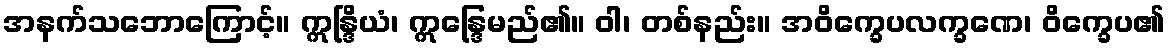
အနက်သဘောကြောင့်။ ဣန္ဒြိယံ၊ ဣန္ဒြေမည်၏။ ဝါ၊ တစ်နည်း။ အဝိက္ခေပလက္ခဏေ၊ ဝိက္ခေပ၏